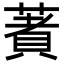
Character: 𦹘